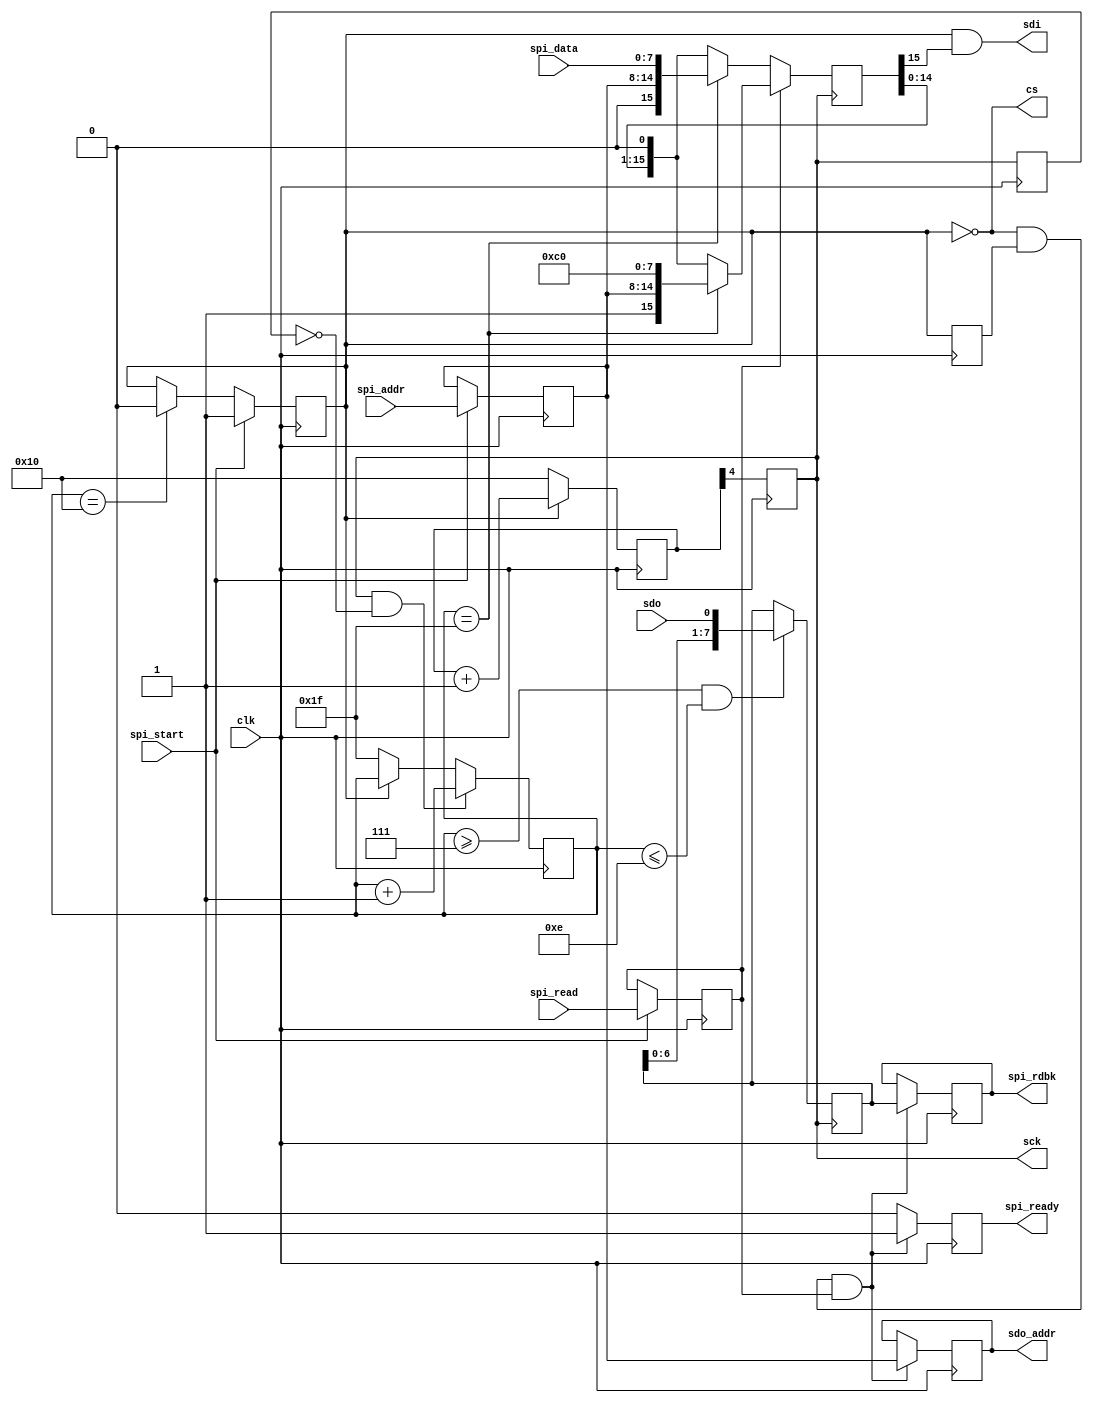
module spi_master(
	// input clocks
	input clk,
	input spi_start,
	input spi_read,
	input [6:0] spi_addr,
	input [7:0] spi_data,
	output cs,
	output sck,
	output sdi,
	input sdo,
	output reg [6:0] sdo_addr,
	output reg [7:0] spi_rdbk,
	output spi_ready
);
parameter tsckw=5; //tsck is 2^5 time ts
reg cs_r=0,cs_r_d=0;
reg [tsckw-1:0] tckcnt=0;
reg sck_r=0;
reg [4:0] sck_cnt=5'h1f;
reg sck_r_d=0;
wire [tsckw-1:0] halftckcnt={1'b1,{{tsckw-1{1'b0}}}};
reg spi_read_r=0;

reg [6:0] sdi_addr=0;
always @(posedge clk) begin
	tckcnt <= cs_r ? tckcnt +1 :halftckcnt ;
	sck_r <= tckcnt[tsckw-1];
	sck_r_d <= sck_r;
	if (spi_start)
		cs_r <= 1;
	else if (sck_cnt==16)
		cs_r <= 0;

	if (spi_start) begin
		spi_read_r <= spi_read;
		sdi_addr <= spi_addr;
	end
	if (sck_r & ~sck_r_d) begin
		sck_cnt <= sck_cnt+1 ;
	end else begin
		sck_cnt <= cs_r ? sck_cnt :5'h1f;
	end
		cs_r_d <= cs_r;
end
assign cs=~cs_r;
assign sck=sck_r;

wire cs_edge=~cs_r&cs_r_d;
reg [15:0] sdi_value=0;
reg [7:0] sdo_rdbk_sr=0;
reg temp_rdbk=0;
reg [7:0] sdi_test=0;
always @(negedge sck) begin
	if (~spi_read_r) begin
		if (sck_cnt==5'h1f) begin
			sdi_value <= {1'b0,sdi_addr,spi_data};
		end else begin
			sdi_value <= {sdi_value[14:0],1'b0};
		end
	end else begin
		if (sck_cnt==5'h1f) begin
				sdi_value<={1'b1,sdi_addr,8'hc0};
		end else begin
			sdi_value <= {sdi_value[14:0],1'b0};
		end
	end
end
always @(posedge sck) begin
	if (sck_cnt >=5'd7 & sck_cnt <=5'd14) begin
		sdo_rdbk_sr <= {sdo_rdbk_sr[6:0],sdo};
	end
end
reg [7:0] sdo_test=0;
reg spi_ready_r=0;
always @(posedge clk) begin
	if (cs_edge&spi_read_r) begin
		sdo_addr <= sdi_addr;
		spi_rdbk <= sdo_rdbk_sr;
		spi_ready_r <= 1;
	end
	else
		spi_ready_r <=0;
end
assign sdi= cs_r & sdi_value[15];
assign spi_ready = spi_ready_r;

endmodule